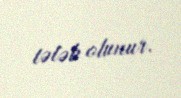
tələb olunur.